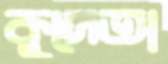
কুদেতা